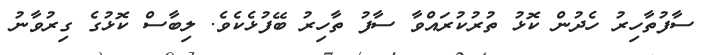
ސާފުތާހިރު ހެދުން ކޮޅު ތުރުކުރައްވާ ސާފު ތާހިރު ބޭފުޅެކެވެ. ލިބާސް ކޮޅުގެ ގިރުވާނު